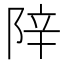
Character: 𬯁